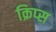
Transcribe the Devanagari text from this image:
क्रिप्‍स